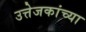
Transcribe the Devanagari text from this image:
उत्तेजकांच्या